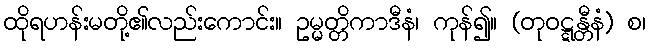
ထိုရဟန်းမတို့၏လည်းကောင်း။ ဥမ္မတ္တိကာဒီနံ၊ ကုန်၍။ (တုဝဋ္ဋန္တီနံ) စ၊